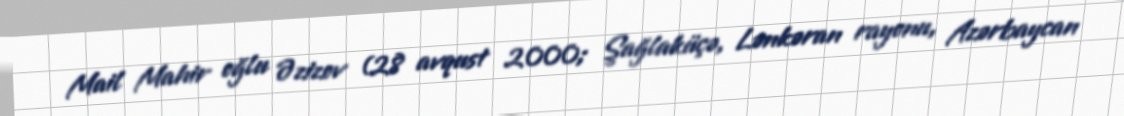
Mail Mahir oğlu Əzizov (28 avqust 2000; Şağlaküçə, Lənkəran rayonu, Azərbaycan